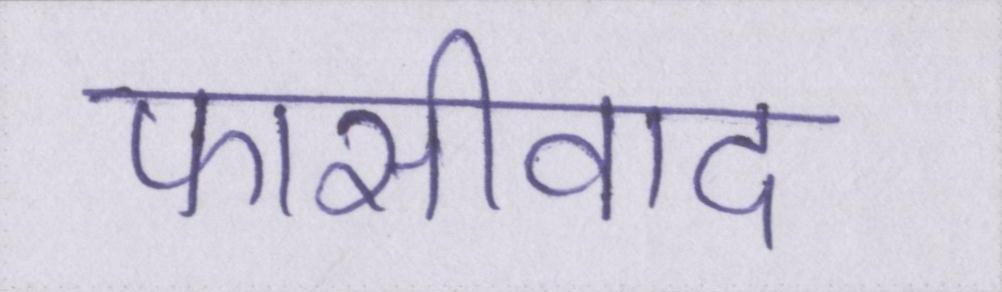
फासीवाद